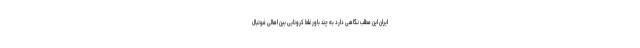
ایران این مطلب نگاهی دارد به چند باور غلط کرونایی بین اهالی فوتبال